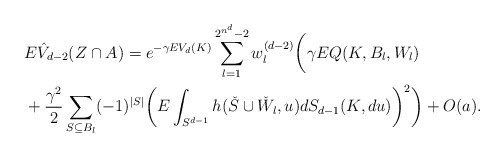
\begin{align*} &E \hat{V}_{d-2} (Z\cap A)= e^{-\gamma EV_d(K)} \sum_{l=1}^{2^{n^d}-2} w_l^{(d-2)} \bigg(\gamma EQ(K,B_l,W_l)\\&+ \frac{\gamma^2}{2}\sum_{S\subseteq B_l} (-1)^{|S|}\bigg(E\int_{S^{d-1}} h(\check{S}\cup \check{W}_l,u) dS_{d-1}(K,du)\bigg)^2\bigg) + O(a). \end{align*}